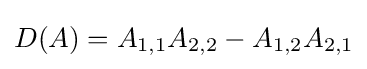
D(A)=A_{1,1}A_{2,2}-A_{1,2}A_{2,1}